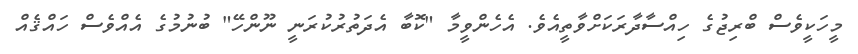
މީހަކީވެސް ބްރިޖުގެ ހިއްސާދާރަކަށްވާތީއެވެ. އެހެންވީމާ "ކޮބާ އެދަތުރުކުރަނީ ނޫންހޭ" ބުނުމުގެ އެއްވެސް ހައްޤެއް